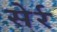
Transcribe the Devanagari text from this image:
सेर्र